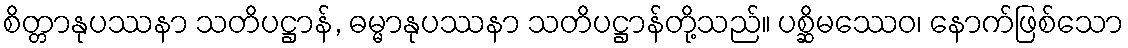
စိတ္တာနုပဿနာ သတိပဋ္ဌာန်, ဓမ္မာနုပဿနာ သတိပဋ္ဌာန်တို့သည်။ ပစ္ဆိမဿေဝ၊ နောက်ဖြစ်သော